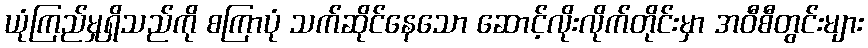
ယုံကြည်မှုရှိသည်ကို စကြာပုံ သက်ဆိုင်နေသော ဆောင့်လိုးလိုက်တိုင်းမှာ အဝီစီတွင်းများ